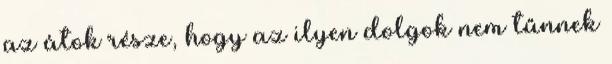
az átok része, hogy az ilyen dolgok nem tűnnek